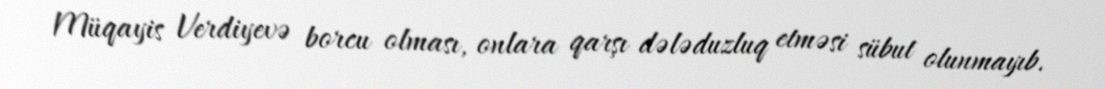
Müqayis Verdiyevə borcu olması, onlara qarşı dələduzluq etməsi sübut olunmayıb.